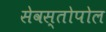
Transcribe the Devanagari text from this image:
सेवस्तोपोल